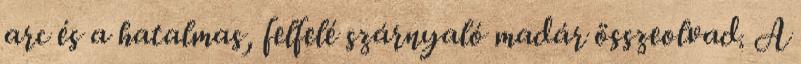
arc és a hatalmas, felfelé szárnyaló madár összeolvad. A